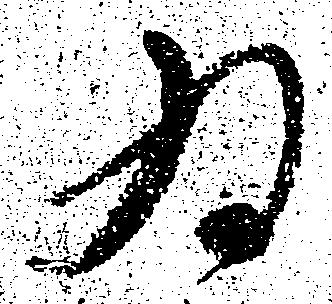
為